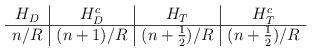
LaTeX: \begin{align*}\begin{array}{c|c|c|c} H_{D} & H_{D}^{c} & H_{T} & H_{T}^{c} \\ \hline n/R & (n+1)/R & (n+\frac{1}{2})/R & (n+\frac{1}{2})/R \end{array}\end{align*}